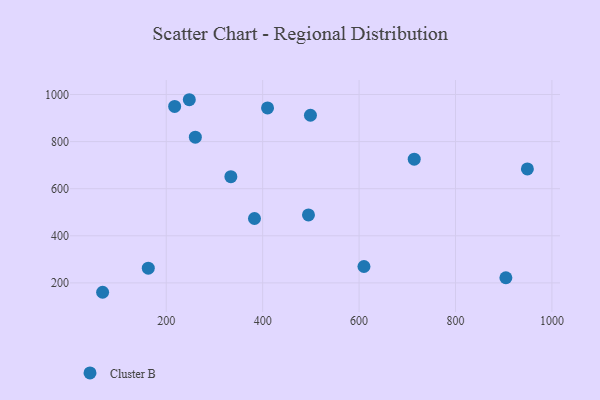
{"axis": {"x": "Price", "y": "Salary"}, "legend": ["Cluster B"], "data": [{"x": "383.0", "y": 473.5, "type": "Cluster B"}, {"x": "499.1", "y": 911.8, "type": "Cluster B"}, {"x": "495.0", "y": 488.6, "type": "Cluster B"}, {"x": "68.0", "y": 160.2, "type": "Cluster B"}, {"x": "610.1", "y": 269.7, "type": "Cluster B"}, {"x": "334.0", "y": 650.9, "type": "Cluster B"}, {"x": "949.1", "y": 683.9, "type": "Cluster B"}, {"x": "162.7", "y": 262.4, "type": "Cluster B"}, {"x": "904.5", "y": 221.9, "type": "Cluster B"}, {"x": "217.4", "y": 949.3, "type": "Cluster B"}, {"x": "714.4", "y": 725.4, "type": "Cluster B"}, {"x": "260.3", "y": 818.6, "type": "Cluster B"}, {"x": "247.8", "y": 977.8, "type": "Cluster B"}, {"x": "410.1", "y": 943.0, "type": "Cluster B"}]}